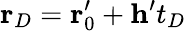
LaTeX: \mathbf{r}_{D}=\mathbf{r}_{0}^{\prime}+\mathbf{h}^{\prime}t_{D}